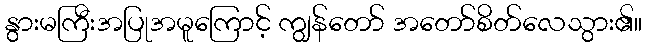
နွားမကြီးအပြုအမူကြောင့် ကျွန်တော် အတော်စိတ်လေသွား၏။